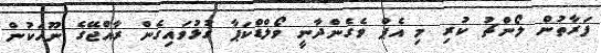
ފަރާތުން ލޯންޗު ކުރި މި އެޕް ވެގެންދާނީ ވޯލްޑްކަޕާ ގުޅުވައިގެން ރާއްޖޭގެ ނޫހަކުން